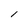
Character: l